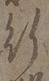
行